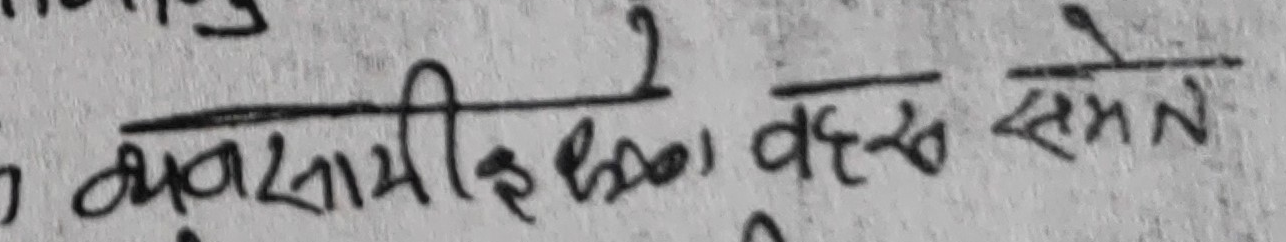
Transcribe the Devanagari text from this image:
व्यवसायिलाई वर्ष समेत